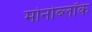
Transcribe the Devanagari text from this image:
मोनोब्लॉक